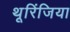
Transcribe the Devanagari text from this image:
थूरिंजिया